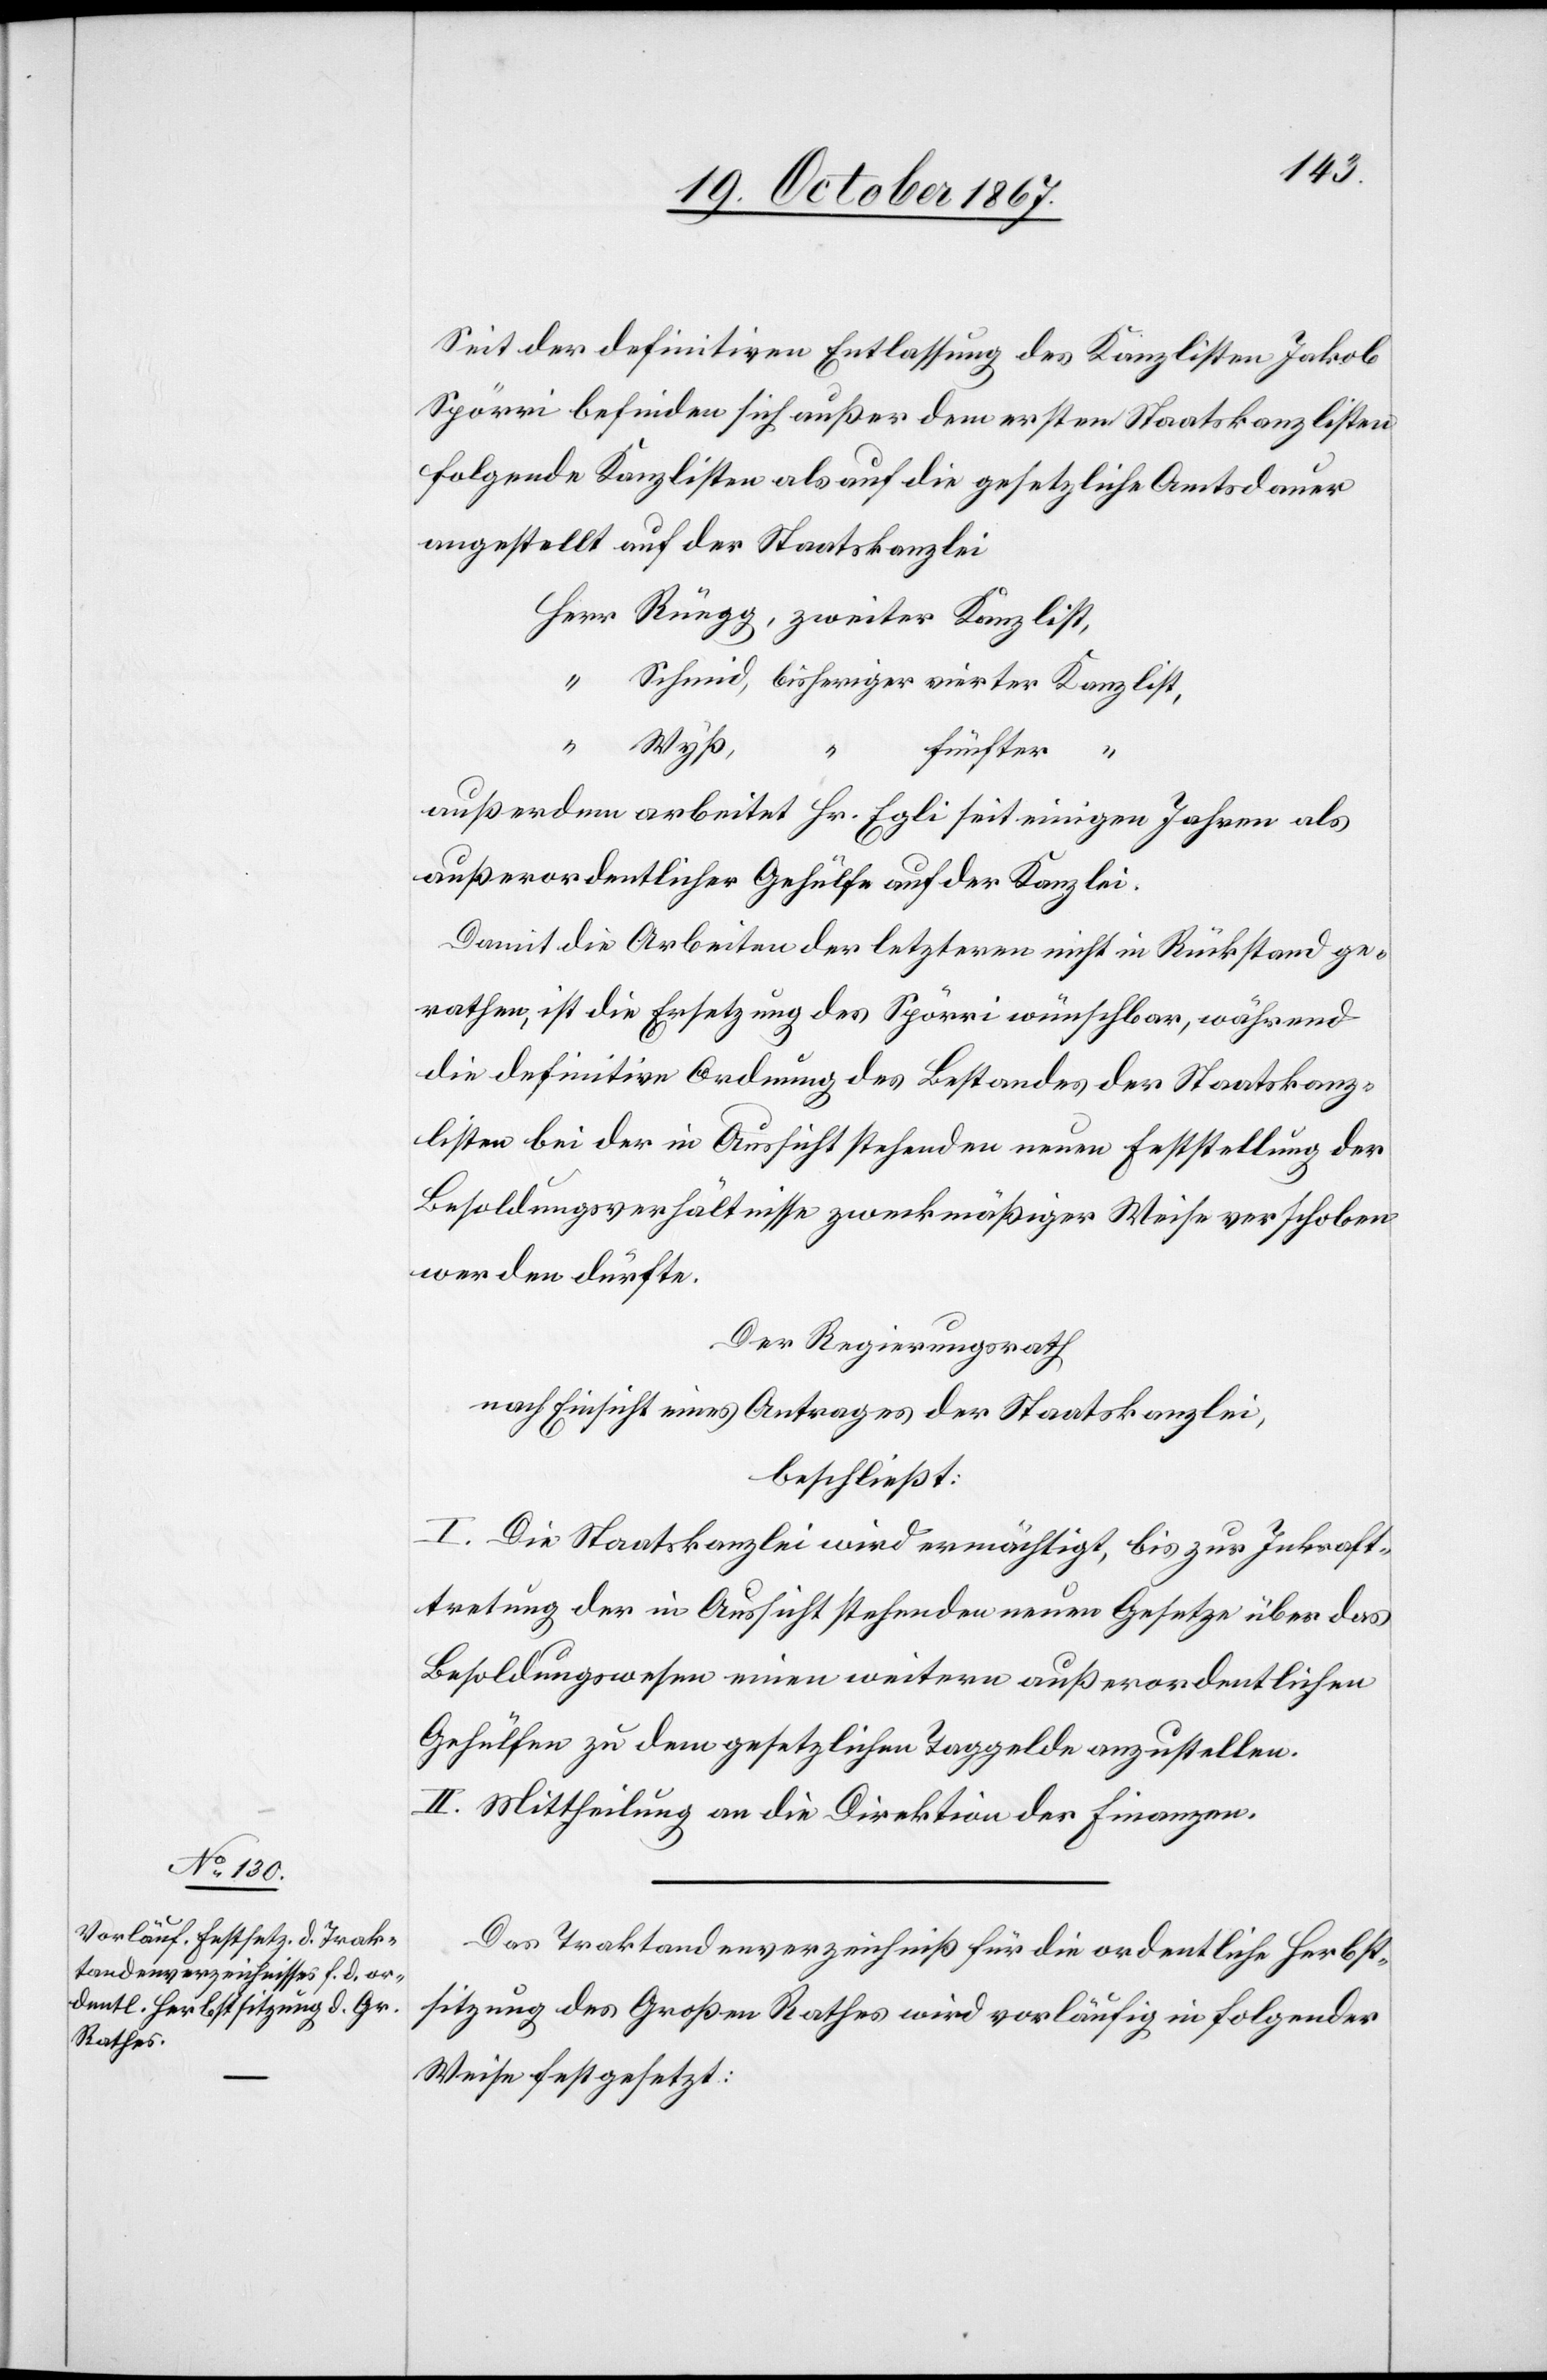
Seit der definitiven Entlassung des Kanzlisten Jakob
Spörri befinden sich außer dem ersten Staatskanzlisten
folgende Kanzlisten als auf die gesetzliche Amtsdauer
angestellt auf der Staatskanzlei
Wyß,
“
fünfter “
außerdem arbeitet Hr. Egli seit einigen Jahren als
außerordentlicher Gehülfe auf der Kanzlei.
Damit die Arbeiten der letzteren nicht in Rückstand ge¬
rathen, ist die Ersetzung des Spöri wünschbar, während
die definitive Ordnung des Bestandes der Staatskanz¬
listen bei der in Aussicht stehenden neuen Feststellung der
Besoldungsverhältnisse zweckmäßiger Weise verschoben
werden dürfte.
Der Regierungsrath
nach Einsicht eines Antrages der Staatskanzlei,
beschließt:
I. Die Staatskanzlei wird ermächtigt, bis zur Inkraft¬
tretung der in Aussicht stehenden neuen Gesetze über das
Besoldungswesen einen weitern außerordentlichen
Gehülfen zu dem gesetzlichen Taggelde anzustellen.
II. Mittheilung an die Direktion der Finanzen.
Das Traktandenverzeichniß für die ordentliche Herbst¬
sitzung des Großen Rathes wird vorläufig in folgender
Weise festgesetzt: